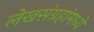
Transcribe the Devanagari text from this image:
लेखसंग्रहांमध्ये